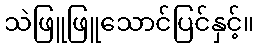
သဲဖြူဖြူသောင်ပြင်နှင့်။